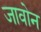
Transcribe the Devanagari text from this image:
जावोन